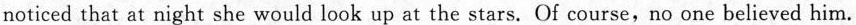
noticed that at night she would look up at the stars. Of course，\underline{no one believed him}.